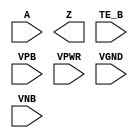
module sky130_fd_sc_hdll__ebufn (
    //# {{data|Data Signals}}
    input  A   ,
    output Z   ,

    //# {{control|Control Signals}}
    input  TE_B,

    //# {{power|Power}}
    input  VPB ,
    input  VPWR,
    input  VGND,
    input  VNB
);
endmodule